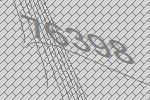
76398